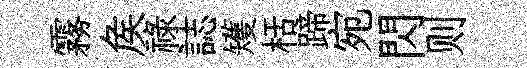
霧矦祿誌矱栝蹄宛閃则